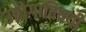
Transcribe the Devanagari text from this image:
उद्योगाविषयी